Vaccination in Bombay 1874-1876 - 1874-1876
Year: 1874
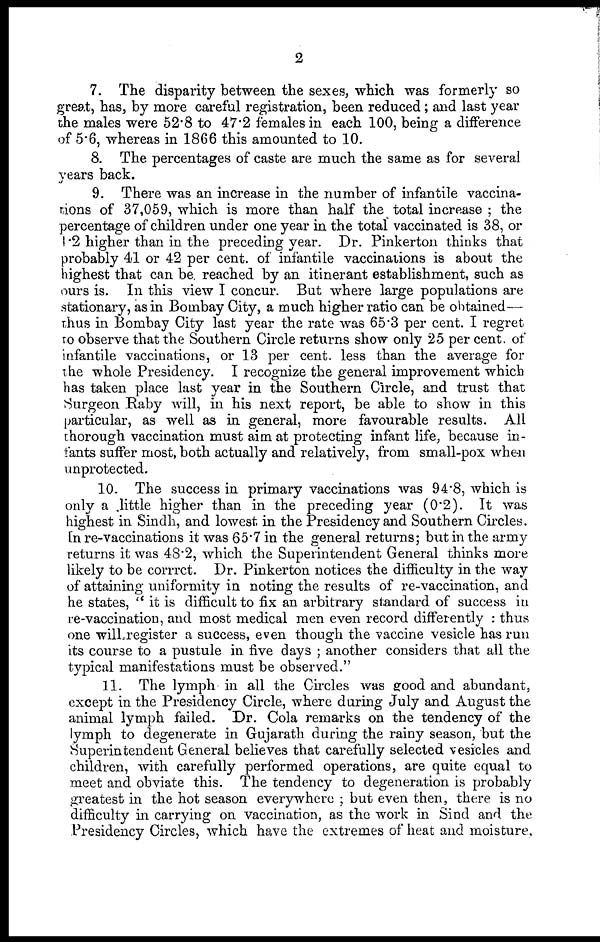
2
7. The disparity between the sexes, which was formerly so
great, has, by more careful registration, been reduced; and last year
the males were 52.8 to 47.2 females in each 100, being a difference
of 5.6, whereas in 1866 this amounted to 10.
8. The percentages of caste are much the same as for several
years back.
9. There was an increase in the number of infantile vaccina-
tions of 37,059, which is more than half the total increase ; the
percentage of children under one year in the total vaccinated is 38, or
1.2 higher than in the preceding year. Dr. Pinkerton thinks that
probably 41 or 42 per cent. of infantile vaccinations is about the
highest that can be reached by an itinerant establishment, such as
ours is. In this view I concur. But where large populations are
stationary, as in Bombay City, a much higher ratio can be obtained—
thus in Bombay City last year the rate was 65.3 per cent. I regret
to observe that the Southern Circle returns show only 25 per cent. of
infantile vaccinations, or 13 per cent. less than the average for
the whole Presidency. I recognize the general improvement which
has taken place last year in the Southern Circle, and trust that
Surgeon Raby will, in his next report, be able to show in this
particular, as well as in general, more favourable results. All
thorough vaccination must aim at protecting infant life, because in-
fants suffer most, both actually and relatively, from small-pox when
unprotected.
10. The success in primary vaccinations was 94.8, which is
only a little higher than in the preceding year (0.2). It was
highest in Sindh, and lowest in the Presidency and Southern Circles.
In re-vaccinations it was 65.7 in the general returns; but in the army
returns it was 48.2, which the Superintendent General thinks more
likely to be corrrct. Dr. Pinkerton notices the difficulty in the way
of attaining uniformity in noting the results of re-vaccination, and
he states, " it is difficult to fix an arbitrary standard of success in
re-vaccination, and most medical men even record differently : thus
one will register a success, even though the vaccine vesicle has run
its course to a pustule in five days ; another considers that all the
typical manifestations must be observed."
11. The lymph in all the Circles was good and abundant,
except in the Presidency Circle, where during July and August the
animal lymph failed. Dr. Cola remarks on the tendency of the
lymph to degenerate in Gujarath during the rainy season, but the
Superintendent General believes that carefully selected vesicles and
children, with carefully performed operations, are quite equal to
meet and obviate this. The tendency to degeneration is probably
greatest in the hot season everywhere ; but even then, there is no
difficulty in carrying on vaccination, as the work in Sind and the
Presidency Circles, which have the extremes of heat and moisture,